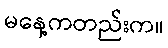
မနေ့ကတည်းက။